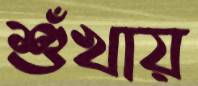
শুঁখায়